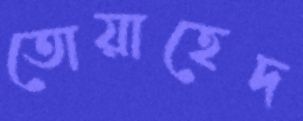
তোয়াহেদ